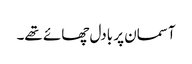
آسمان پر بادل چھائے تھے۔